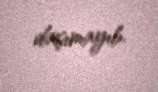
daşımayıb.